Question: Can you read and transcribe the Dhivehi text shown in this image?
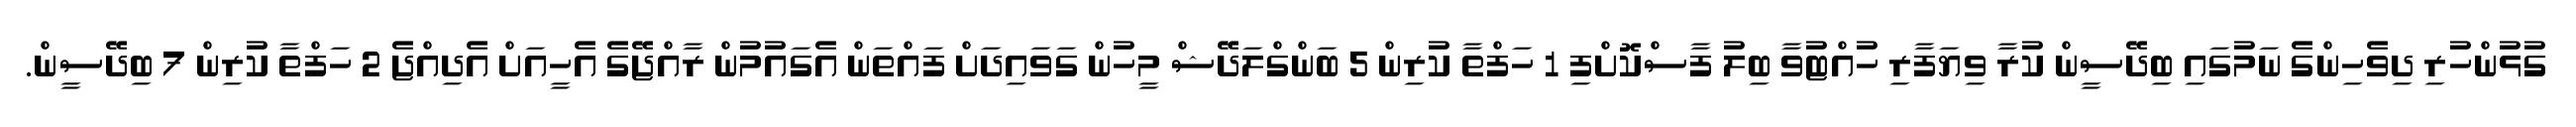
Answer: ގުޅުންހުރި ދިވެހިންގެ ނަމުގައި ބިދޭސީން ކުރާ ވިޔަފާރި ހުއްޓުވާ ބިލު ފާސްކޮށްފި 1 ހަފްތާ ކުރިން 5 ބަންގްލަދޭޝް މީހުން ގަވައިދަށް ފައްތަން އެގައުމުން ރާއްޖޭގެ އެހީއަށް އެދިއްޖެ 2 ހަފްތާ ކުރިން 7 ބިދޭސީން.